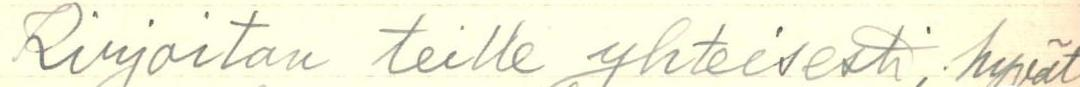
Kirjoitan teille yhteisesti; hyvät